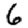
Digit: 6